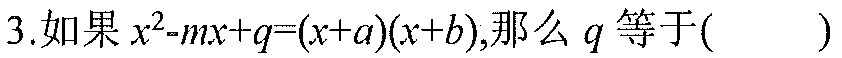
3.如果\(x^{2}-mx + q=(x + a)(x + b)\)，那么\(q\)等于( )